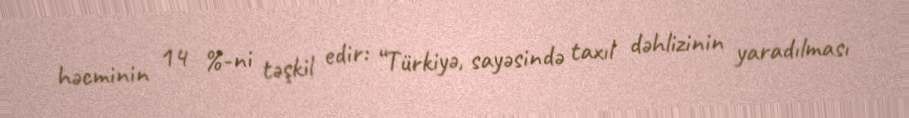
həcminin 14 %-ni təşkil edir: “Türkiyə, sayəsində taxıl dəhlizinin yaradılması